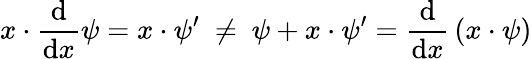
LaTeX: x\cdot{\frac{\mathrm{d}}{\mathrm{d}x}}\psi=x\cdot\psi^{\prime}\ \neq\ \psi+x\cdot\psi^{\prime}={\frac{\mathrm{d}}{\mathrm{d}x}}\left(x\cdot\psi\right)